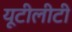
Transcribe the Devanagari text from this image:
यूटीलीटी